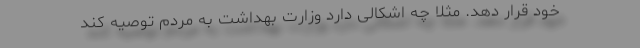
خود قرار دهد. مثلاً چه اشکالی دارد وزارت بهداشت به مردم توصیه کند